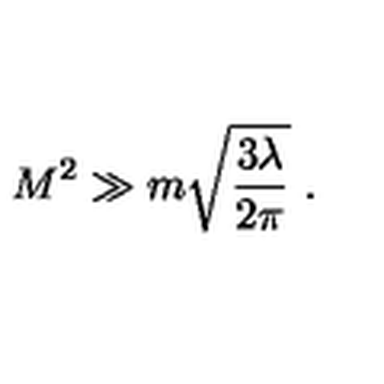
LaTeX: M ^ { 2 } \gg m \sqrt { \frac { 3 \lambda } { 2 \pi } } \ .